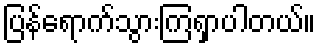
ပြန်ရောက်သွားကြရှာပါတယ်။